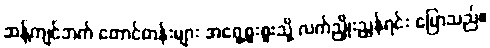
ဆန့်ကျင်ဘက် တောင်တန်းများ အရှေ့စူးစူးသို့ လက်ညှိုးညွန်ရင်း ပြောသည်။